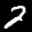
Label: 2